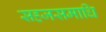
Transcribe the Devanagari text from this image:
सहजसमाधि